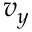
v _ { y }